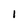
Character: l